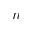
n